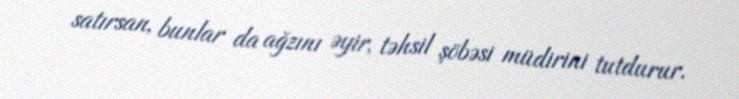
satırsan, bunlar da ağzını əyir, təhsil şöbəsi müdirini tutdurur.